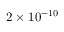
2 \times 1 0 ^ { - 1 0 }